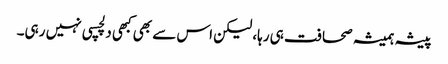
پیشہ ہمیشہ صحافت ہی رہا، لیکن اس سے بھی کبھی دلچسپی نہیں رہی۔